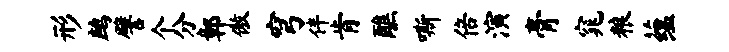
形鹧譬个分鄣傲穹伴肯醮嘶倍演膏窕粮蕴